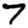
Digit: 7